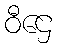
ဝီဌေ